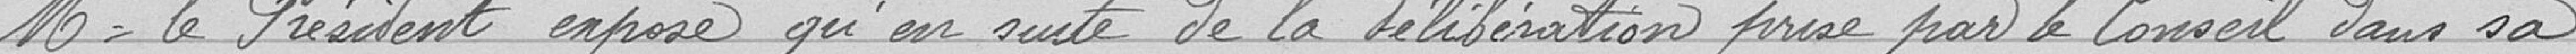
Monsieur le Président expose qu'en suite de la délibération prise par le Conseil dans sa